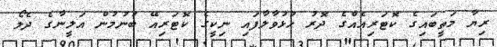
ރިޔާ މަތީބައިގެ ކޮޓަރިއެއްގެ ދޮރު ހުޅުވާލާފައި ނިކީގެ ކޮޓަރިއޭ ބުނުމުން އަލީނާގެ ދެލޯ